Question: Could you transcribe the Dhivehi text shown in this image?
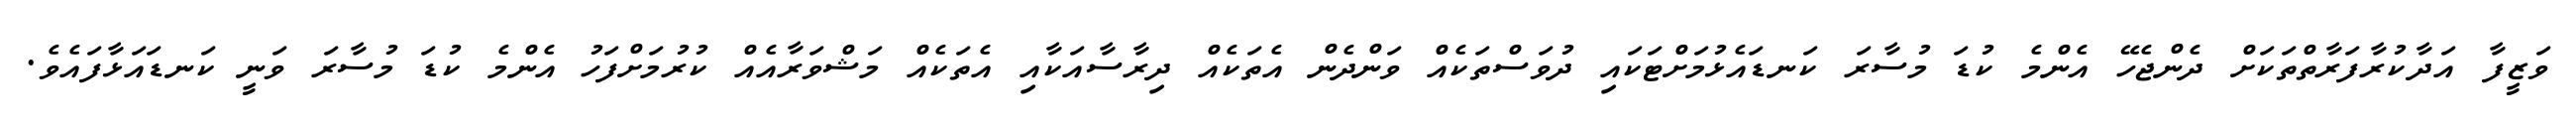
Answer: ވަޒީފާ އަދާކުރާފަރާތްތަކަށް ދެންޖެހޭ އެންމެ ކުޑަ މުސާރަ ކަނޑައެޅުމަށްޓަކައި ދުވަސްތަކެއް ވަންދެން އެތަކެއް ދިރާސާއަކާއި އެތަކެއް މަޝްވަރާއެއް ކުރުމަށްފަހު އެންމެ ކުޑަ މުސާރަ ވަނީ ކަނޑައަޅާފައެވެ.